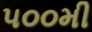
૫૦૦મી